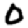
Digit: 0